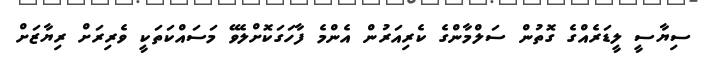
ސިޔާސީ ލީޑަރެއްގެ ގޮތުން ސަލްމާންގެ ކެރިއަރުން އެންމެ ފާހަގަކޮށްލެވޭ މަސައްކަތަކީ ވެރިރަށް ރިޔާޒަށް